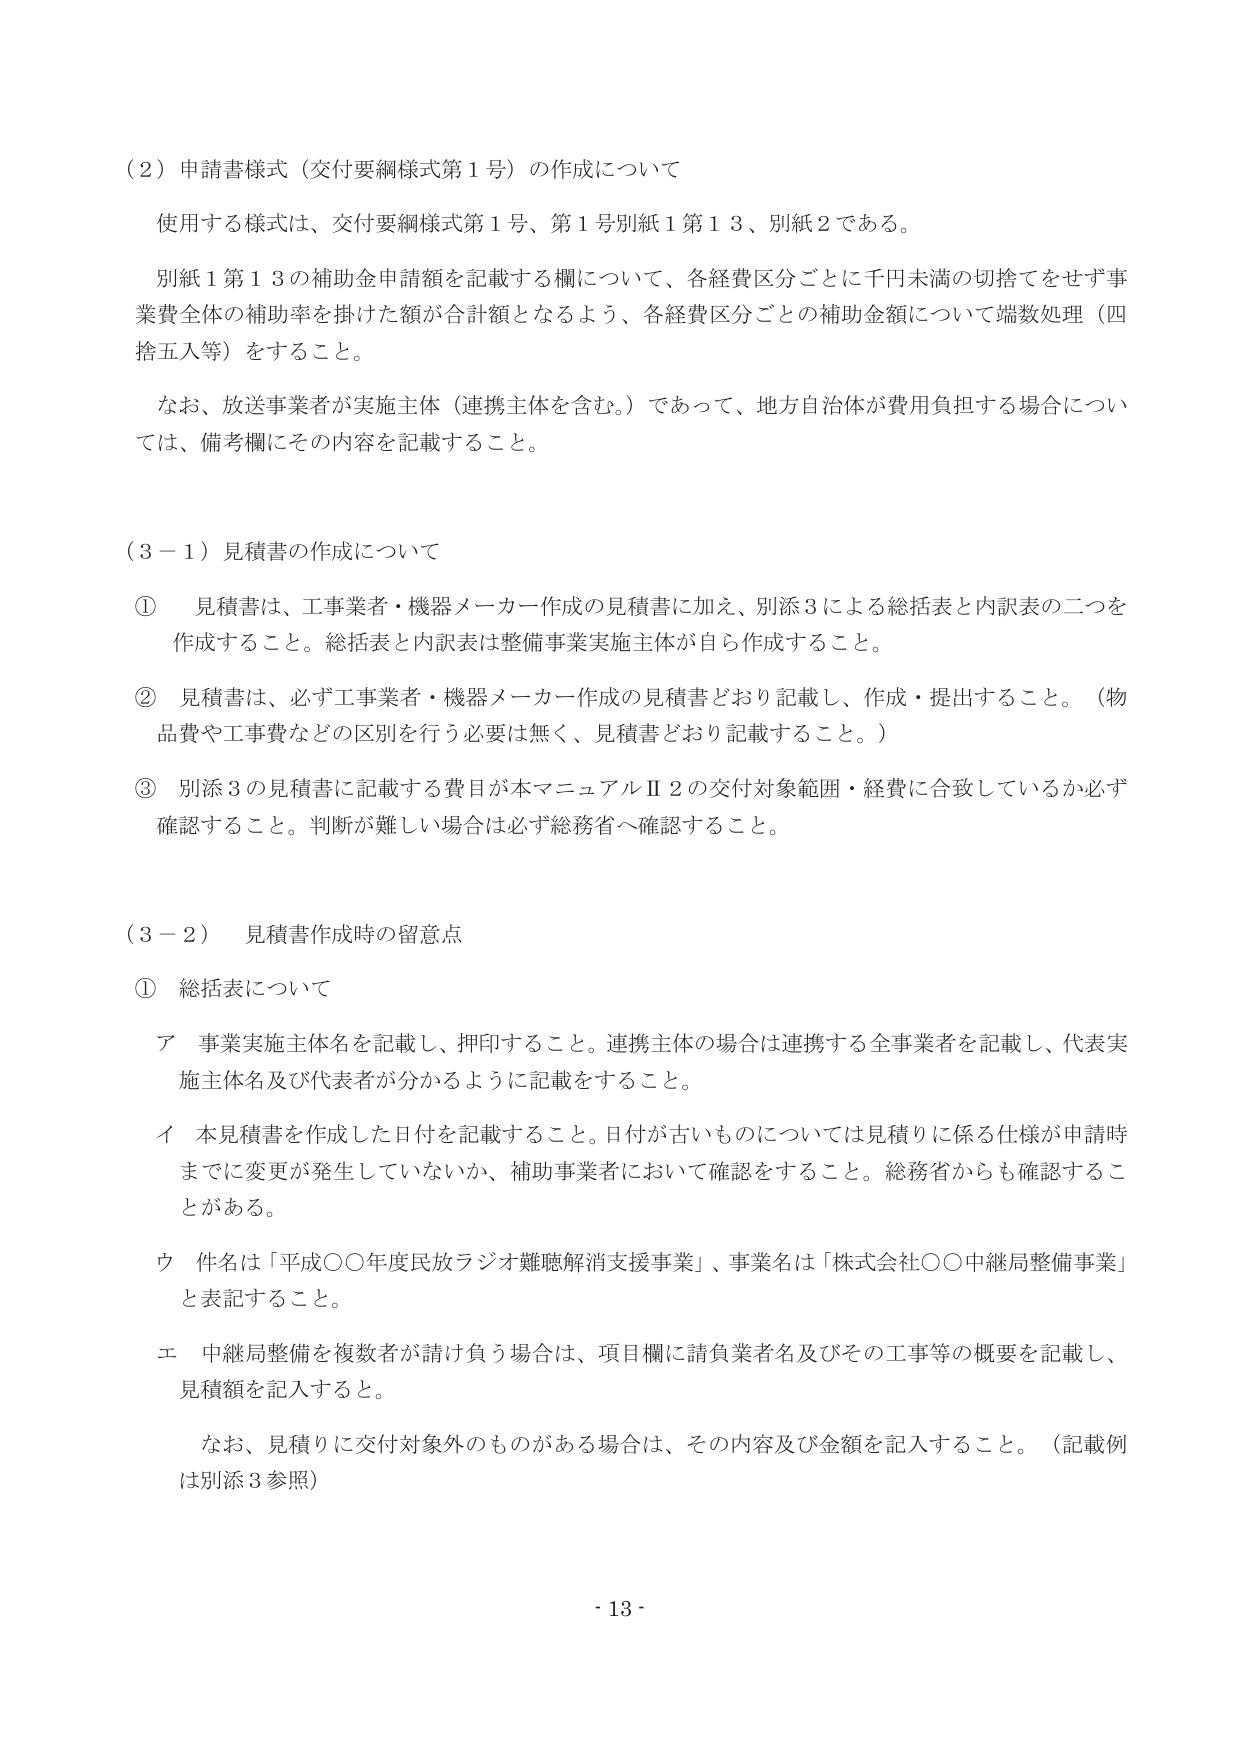
（２）申請書様式（交付要綱様式第１号）の作成について
使用する様式は、交付要綱様式第１号、第１号別紙１第１３、別紙２である。
別紙１第１３の補助金申請額を記載する欄について、各経費区分ごとに千円未満の切捨てをせず事業費全体の補助率を掛けた額が合計額となるよう、各経費区分ごとの補助金額について端数処理（四捨五入等）をすること。
なお、放送事業者が実施主体（連携主体を含む。）であって、地方自治体が費用負担する場合については、備考欄にその内容を記載すること。

（３－１）見積書の作成について
① 見積書は、工事業者・機器メーカー作成の見積書に加え、別添３による総括表と内訳表の二つを作成すること。総括表と内訳表は整備事業実施主体が自ら作成すること。
② 見積書は、必ず工事業者・機器メーカー作成の見積書どおり記載し、作成・提出すること。（物品費や工事費などの区別を行う必要は無く、見積書どおり記載すること。）
③ 別添３の見積書に記載する費目が本マニュアルⅡ２の交付対象範囲・経費に合致しているか必ず確認すること。判断が難しい場合は必ず総務省へ確認すること。

（３－２）見積書作成時の留意点
① 総括表について
ア 事業実施主体名を記載し、押印すること。連携主体の場合は連携する全事業者を記載し、代表実施主体名及び代表者が分かるように記載をすること。
イ 本見積書を作成した日付を記載すること。日付が古いものについては見積りに係る仕様が申請時までに変更が発生していないか、補助事業者において確認をすること。総務省からも確認することがある。
ウ 件名は「平成〇〇年度民放ラジオ難聴解消支援事業」、事業名は「株式会社〇〇中継局整備事業」と表記すること。
エ 中継局整備を複数者が請け負う場合は、項目欄に請負業者名及びその工事等の概要を記載し、見積額を記入すること。
　　なお、見積りに交付対象外のものがある場合は、その内容及び金額を記入すること。（記載例は別添３参照）

- 13 -